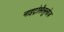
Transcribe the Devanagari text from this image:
नाइट्रोसैलूलोज़